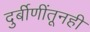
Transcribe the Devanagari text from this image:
दुर्बीणींतूनही